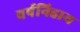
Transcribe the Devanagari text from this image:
वर्षनिहाय